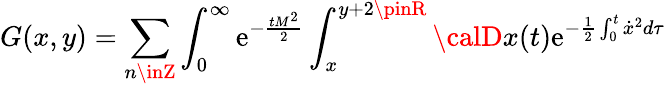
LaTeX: G(x,y)=\sum_{n\inZ}\int_{0}^{\infty}\mathrm{e}^{-{\frac{{tM^{2}}}{{2}}}}\int_{x}^{y+2\pinR}{\calD}x(t)\mathrm{e}^{-{\frac{{1}}{{2}}}\int_{0}^{t}\dot{{x}}^{2}d\tau}